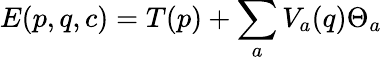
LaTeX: E(p,q,c)=T(p)+\sum_{a}V_{a}(q)\Theta_{a}